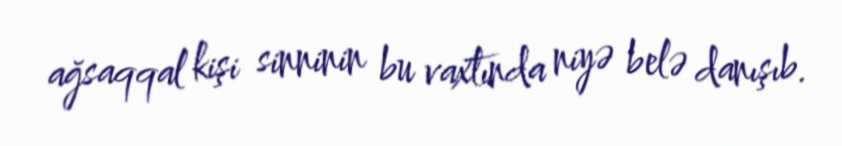
ağsaqqal kişi sinninin bu vaxtında niyə belə danışıb.